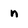
Character: n